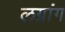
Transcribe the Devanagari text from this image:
लग्रांग